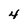
Character: 4